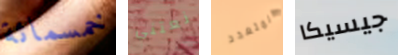
خمسمائة نعتني المتعدد جيسيكا